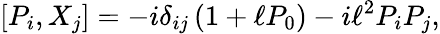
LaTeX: [P_{i},{X}_{j}]=-i\delta_{ij}\left(1+\ell P_{0}\right)-i\ell^{2}P_{i}P_{j},